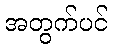
အတွက်ပင်